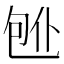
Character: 𱐸